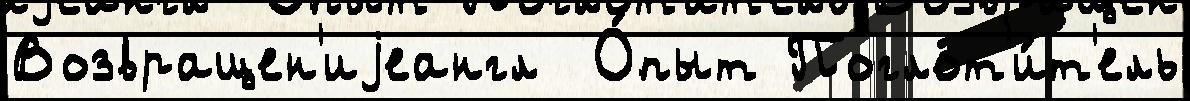
Возвращен'иjеангл  О́пыт Поглот'и́т'ель